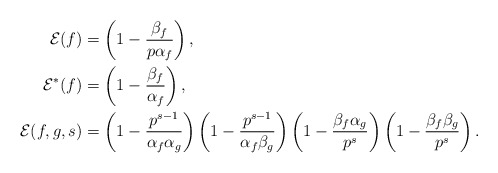
\begin{align*} \mathcal{E}(f) &= \left( 1 - \frac{\beta_f}{p \alpha_f}\right), \\ \mathcal{E}^*(f) &= \left( 1 - \frac{\beta_f}{\alpha_f}\right),\\ \mathcal{E}(f, g, s) &= \left( 1 - \frac{p^{s-1}}{\alpha_f \alpha_g}\right) \left( 1 - \frac{p^{s-1}}{\alpha_f \beta_g}\right) \left( 1 - \frac{\beta_f \alpha_g}{p^s}\right) \left( 1 - \frac{\beta_f \beta_g}{p^s}\right). \end{align*}